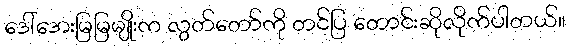
ဒေါ်အေးမြမြမျိုးက လွတ်တော်ကို တင်ပြ တောင်းဆိုလိုက်ပါတယ်။